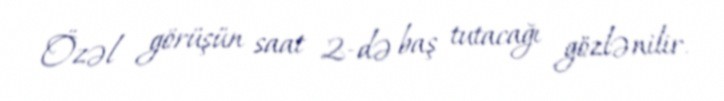
Özəl görüşün saat 2-də baş tutacağı gözlənilir.